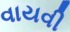
વાયવી